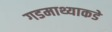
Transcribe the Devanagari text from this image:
गडमाथ्याकडे